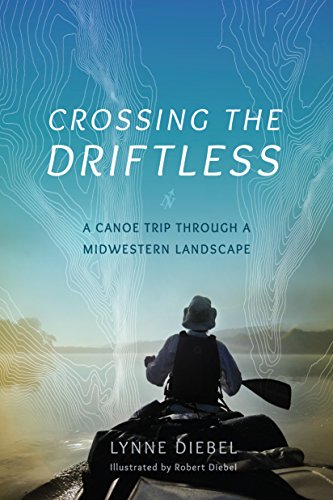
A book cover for Crossing the Driftless: A Canoe Trip through a Midwestern Landscape; Lynne Diebel; Travel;